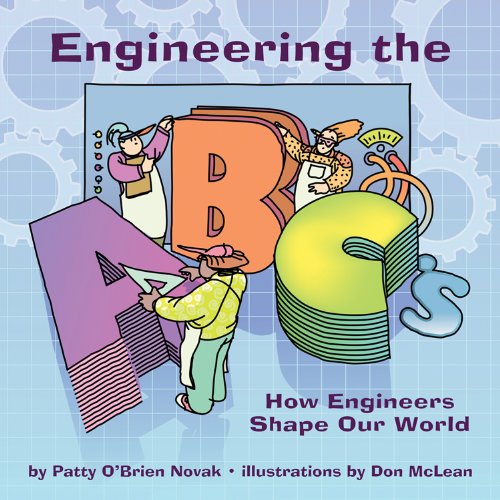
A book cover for Engineering the ABC's: How Engineers Shape Our World; Patty O'Brien Novak; Children's Books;